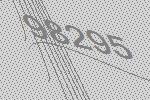
98295